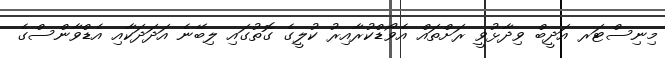
މިނިސްޓަރ އަދީބް ވިދާޅުވީ ރަށްތައް އެވޯޑްކުރާއިރު ކުލީގެ ގޮތުގައި ލިބޭނެ އަދަދަކާއި އެޑްވާންސްގެ